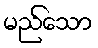
မည်သော